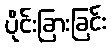
ပိုင်းခြားခြင်း